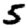
Digit: 5